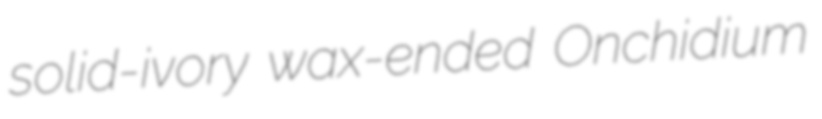
solid-ivory wax-ended Onchidium